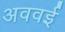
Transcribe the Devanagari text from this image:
अववई